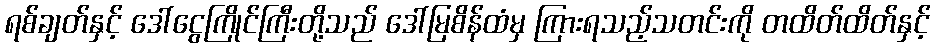
ရစ်ချတ်နှင့် ဒေါ်ငွေကြိုင်ကြီးတို့သည် ဒေါ်မြစိန်ထံမှ ကြားရသည့်သတင်းကို တထိတ်ထိတ်နှင့်